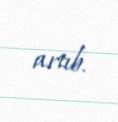
artıb.